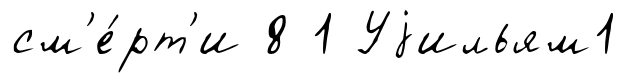
см'е́рт'и 8 1 Уjильям1